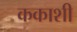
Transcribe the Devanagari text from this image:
ककाशी